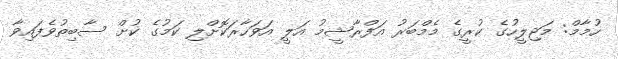
ހުމާމް: މަޖިލީހުގެ ކުރީގެ މެމްބަރު އަފްރާޝީމު އަލީ އަވަހާރަކޮށްލި ކަމުގެ ކުށް ސާބިތުވެފައިވާ